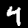
Label: 4